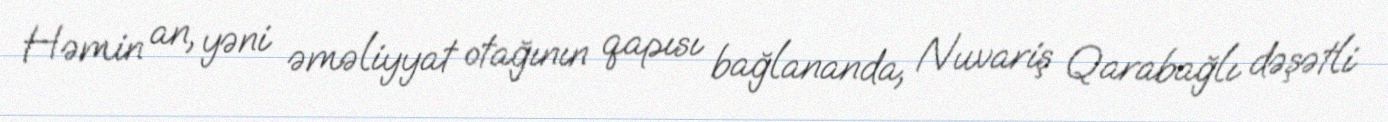
Həmin an, yəni əməliyyat otağının qapısı bağlananda, Nuvariş Qarabağlı dəşətli